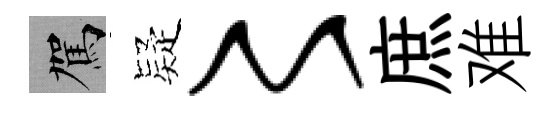
駕疑〻庶难